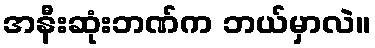
အနီးဆုံးဘဏ်က ဘယ်မှာလဲ။